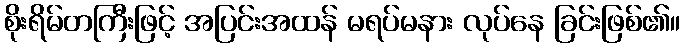
စိုးရိမ်တကြီးဖြင့် အပြင်းအထန် မရပ်မနား လုပ်နေ ခြင်းဖြစ်၏။